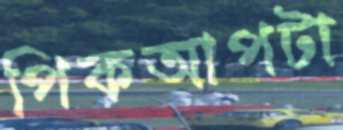
পিকআপটা